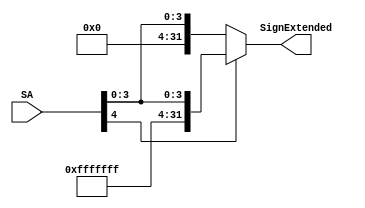
module Sign_Extend_5(SA,SignExtended);

input [4:0] SA;
output reg [31:0] SignExtended;


always @(*) begin
if (SA[4] == 1'b1) // Check the sign bit
SignExtended = {27'b111111111111111111111111111, SA}; // Sign extend with 1's
else
SignExtended = {27'b000000000000000000000000000, SA}; // Sign extend with 0's
end

endmodule